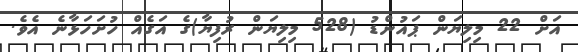
އަށް 22 މިލިޔަން ޕައުންޑު (528 މިލިޔަން ރުފިޔާ)ގެ އަގެއް ހުށަހަޅާނެ އެވެ.